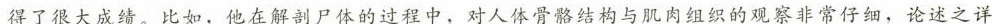
得了很大成绩。比如，他在解剖尸体的过程中，对人体骨骼结构与肌肉组织的观察非常仔细，论述之详